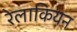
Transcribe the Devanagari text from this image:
रेलाकियन